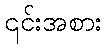
၎င်းအစား